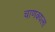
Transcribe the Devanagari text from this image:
चाणक्यला